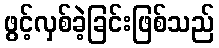
ဖွင့်လှစ်ခဲ့ခြင်းဖြစ်သည်